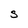
Character: S